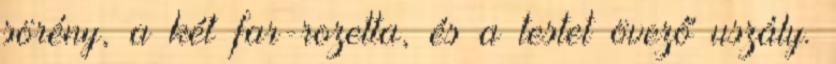
sörény, a két far-rozetta, és a testet övező uszály.